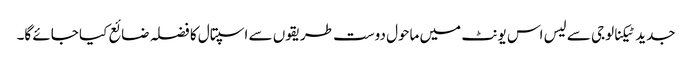
جدید ٹیکنالوجی سے لیس اس یونٹ میں ماحول دوست طریقوں سے اسپتال کا فضلہ ضائع کیا جائے گا۔